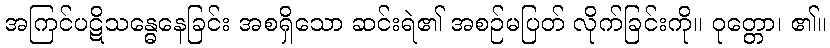
အကြင်ပဋိသန္ဓေနေခြင်း အစရှိသော ဆင်းရဲ၏ အစဉ်မပြတ် လိုက်ခြင်းကို။ ဝုတ္တော၊ ၏။